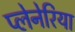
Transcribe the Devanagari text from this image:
प्लेनेरिया